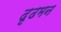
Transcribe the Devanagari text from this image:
दृढमन